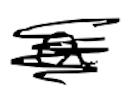
Text: a
Cross-out: scratch
Writing tool: digital_black